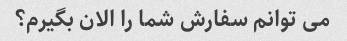
می توانم سفارش شما را الان بگیرم؟